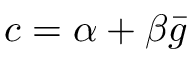
c = \alpha + \beta \bar { g }